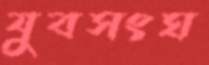
যুবসংঘ